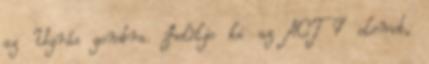
az Ugrás gombra. Jelölje ki az ACT 7 elemet,